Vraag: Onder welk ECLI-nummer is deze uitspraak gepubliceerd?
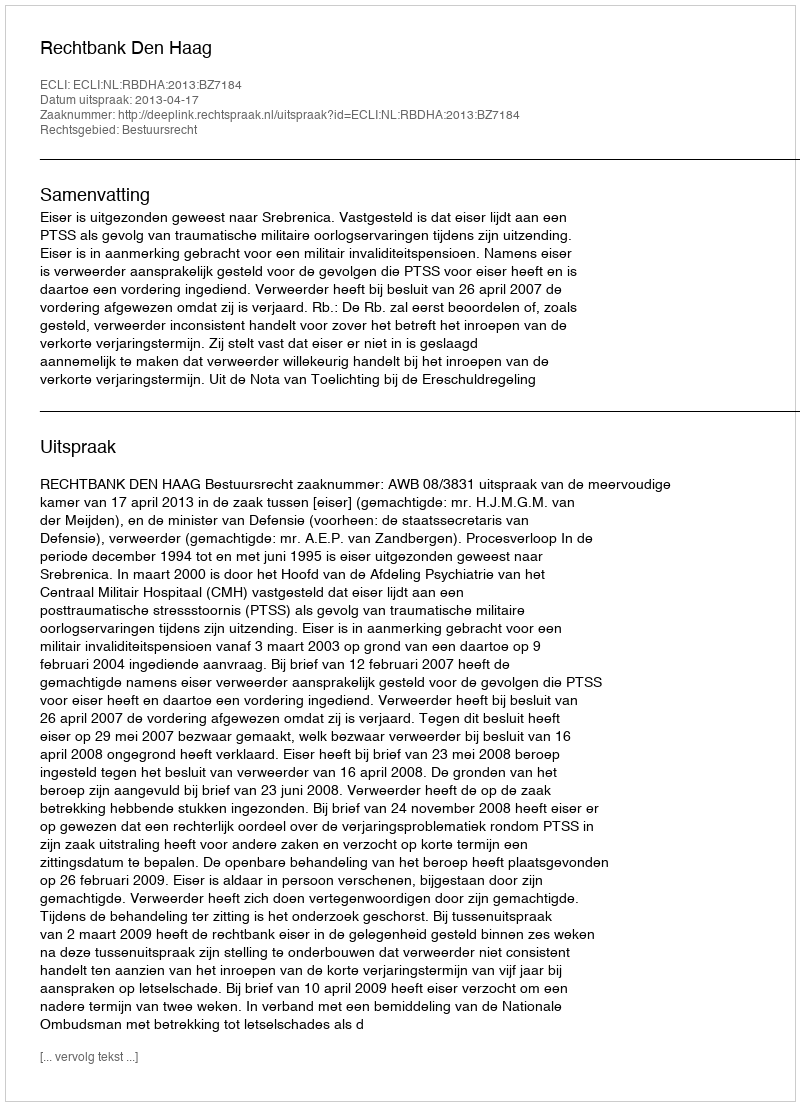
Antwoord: ECLI:NL:RBDHA:2013:BZ7184